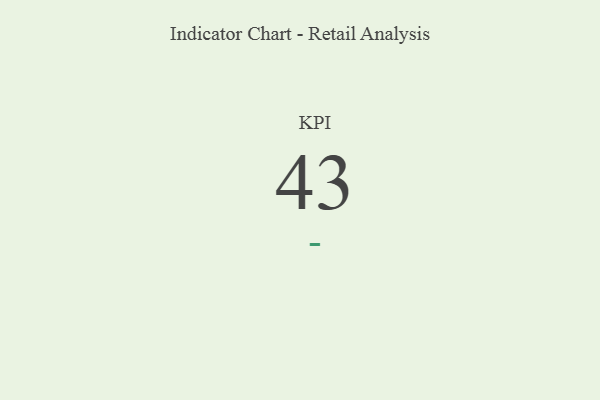
{"axis": {"x": "KPI", "y": "Value"}, "legend": [""], "data": [{"x": "KPI", "y": 43, "type": ""}]}